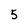
Character: 5